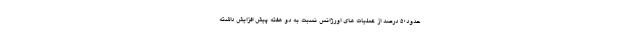
حدود٥٠ درصد از عملیات های اورژانس نسبت به دو هفته پیش افزایش داشته